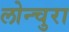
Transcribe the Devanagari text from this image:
लोन्चुरा